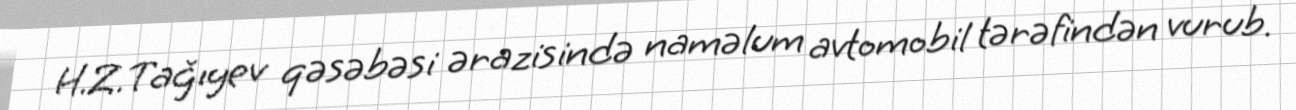
H.Z.Tağıyev qəsəbəsi ərazisində naməlum avtomobil tərəfindən vurub.